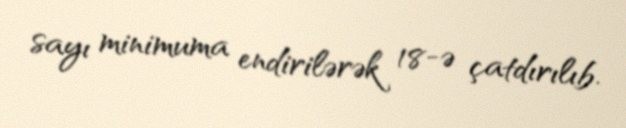
sayı minimuma endirilərək 18-ə çatdırılıb.